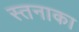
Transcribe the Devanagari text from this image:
स्तनाका